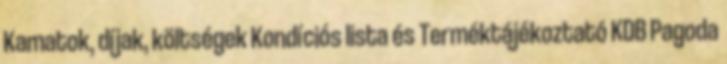
Kamatok, díjak, költségek Kondíciós lista és Terméktájékoztató KDB Pagoda